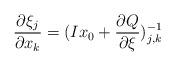
LaTeX: \begin{align*}\frac {\partial \xi_{j}}{\partial x_{k}}=(Ix_0+\frac {\partial Q}{\partial \xi})^{-1}_{j,k}\end{align*}